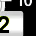
Digit: 2